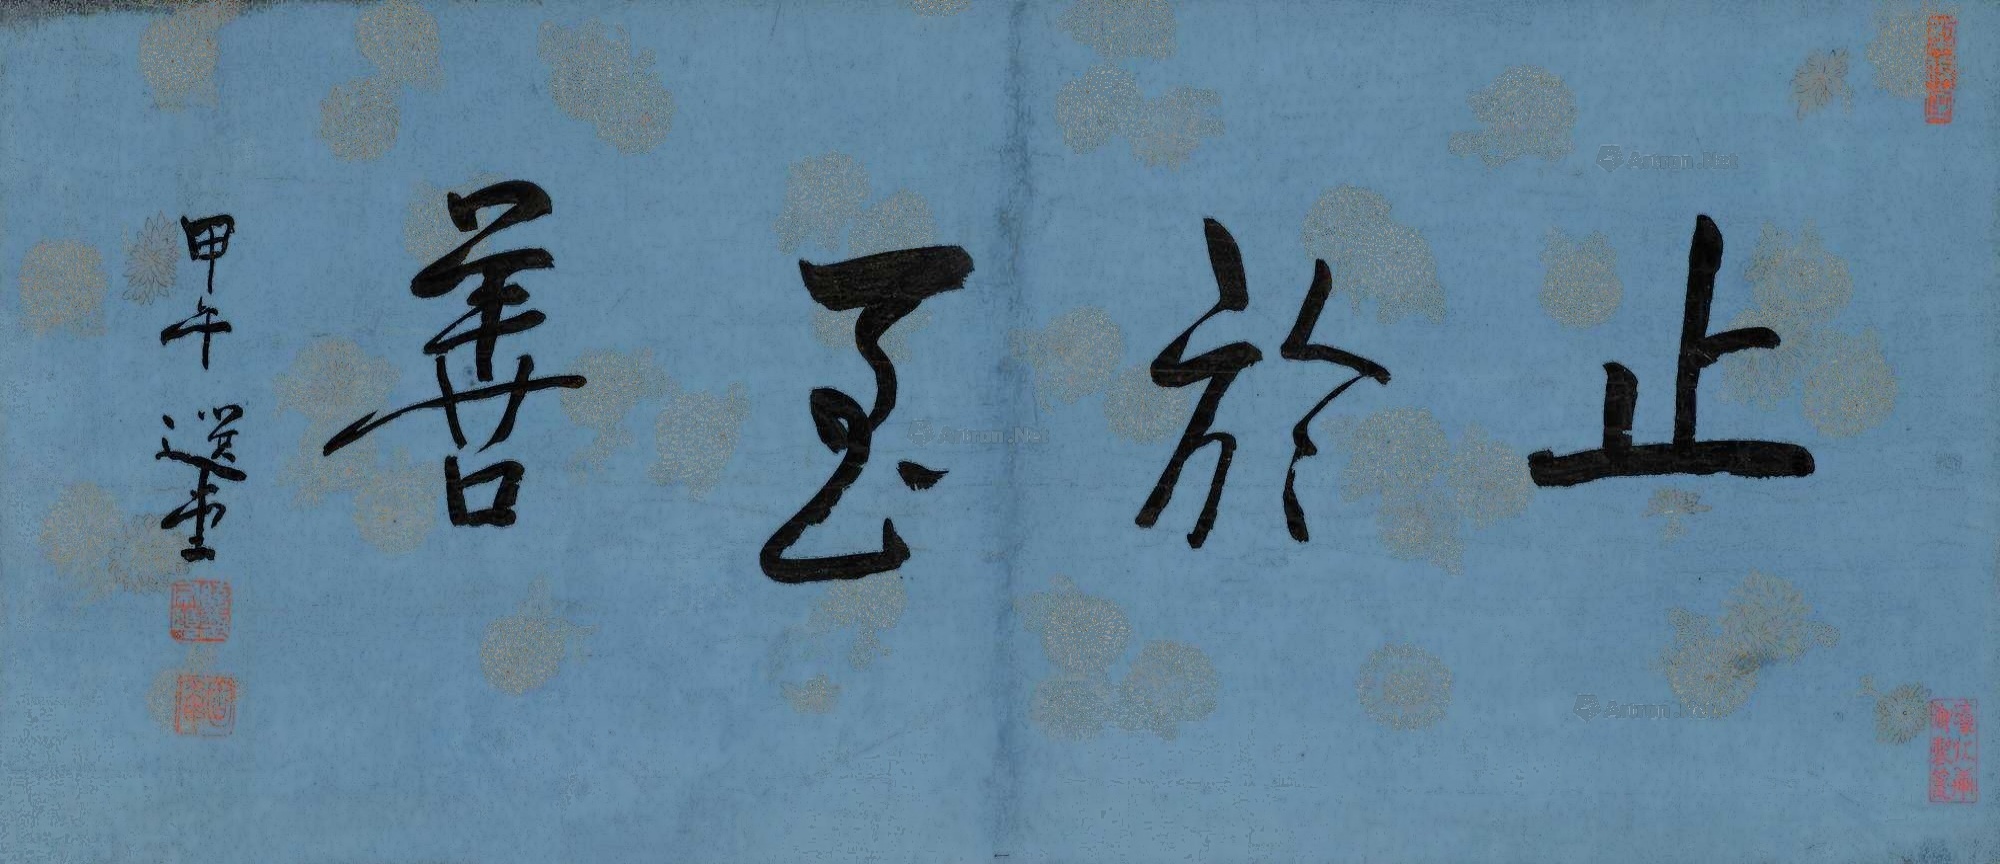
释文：止于至善。甲午，选堂。